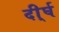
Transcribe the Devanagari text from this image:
दी्र्घ